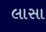
લાસા